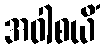
အဝါစယိံ